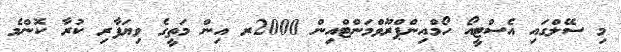
މި ސޭލްގައި އެސްޓީއޯ ހޯމްއިންޕްރޫވްމަންޓްއިން 2000ރ އިން މަތީގެ ވިޔަފާރި ކުރާ ކޮންމެ